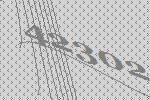
42302